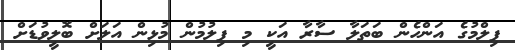
ފިލްމުގެ އަންހެން ބަތަލާ ސާރާ އަކީ މި ފިލުމުން މުޅިން އަލަށް ބޮލީވުޑަށް